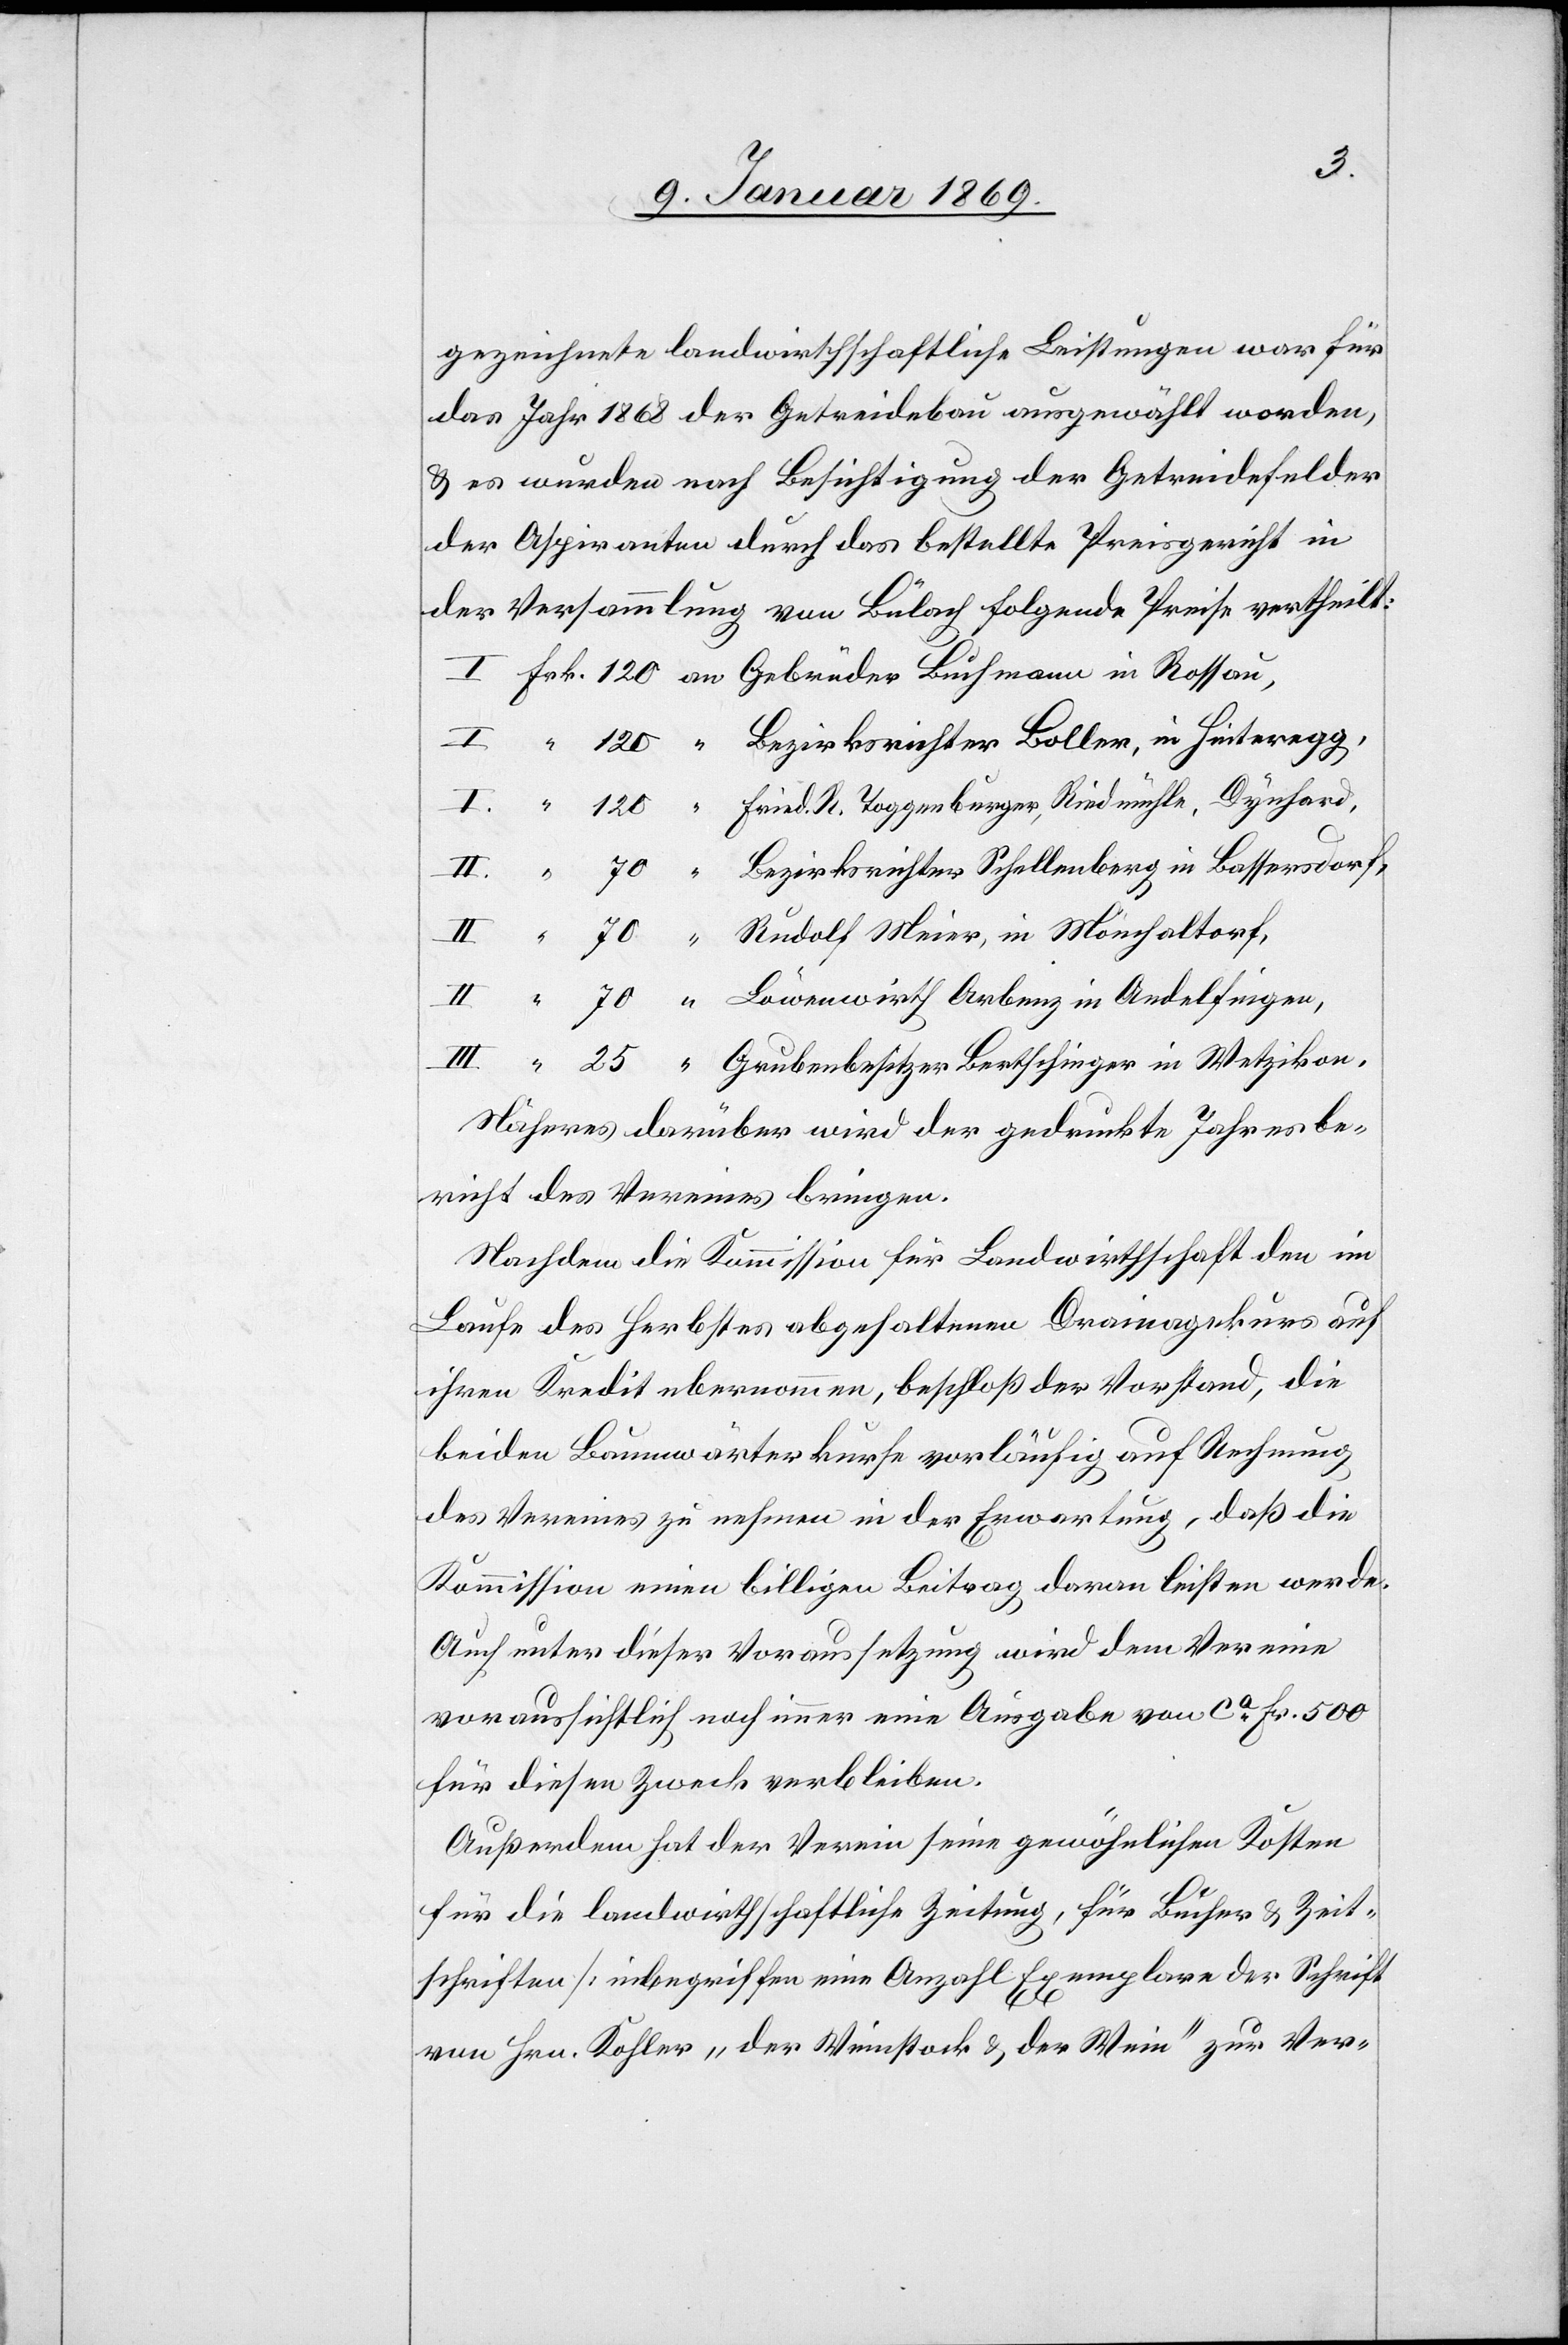
gezeichnete landwirthschaftliche Leistungen war für
das Jahr 1868 der Getreidebau ausgewählt worden,
u. es wurden nach Besichtigung der Getreidefelder
der Aspiranten durch das bestellte Preisgericht in
der Versammlung von Bülach folgende Preise vertheilt:
I Frk. 120 an Gebrüder Buchmann in Rossou,
I “		120 “	 Bezirksrichter Boller, in Hinteregg,
I. “		120 “	 Fried. R. Toggenburger, Riedmühle, Dynhard,
II. “		 70 “	 Bezirksrichter Schellenberg in Basserdorf,
II “		 70 “	 Rudolf Meier, in Mönchaltorf,
II “		 70 “	 Löwenwirth Arbenz in Andelfingen,
III “		 25 “	 Grubenbesitzer Bertschinger in Wetzikon,
Näheres darüber wird der gedruckte Jahresbe¬
richt des Vereines bringen.
Nachdem die Kommission für Landwirthschaft den im
Laufe des Herbstes abgehaltenen Drainagekurs auf
ihren Kredit übernommen, beschloß der Vorstand, die
beiden Baumwärterkurse vorläufig auf Rechnung
des Vereines zu nehmen in der Erwartung, daß die
Kommission einen billigen Beitrag daran leisten werde.
Auch unter dieser Voraussetzung wird dem Vereine
voraussichtlich noch immer eine Ausgabe von ca Fr. 500
für diesen Zweck verbleiben.
Außerdem hat der Verein seine gewöhnlichen Kosten
für die landwirthschaftliche Zeitung, für Bücher u. Zeit¬
schriften [inbegriffen eine Anzahl Exemplare der Schrift
von Hrn. Kohler „der Weinstock u .der Wein“ zur Ver-